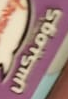
كوميكس